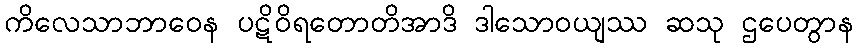
ကိလေသာဘာဝေန ပဋိဝိရတောတိအာဒိ ဒါသောဝယျဿ ဆသု ဌပေတွာန